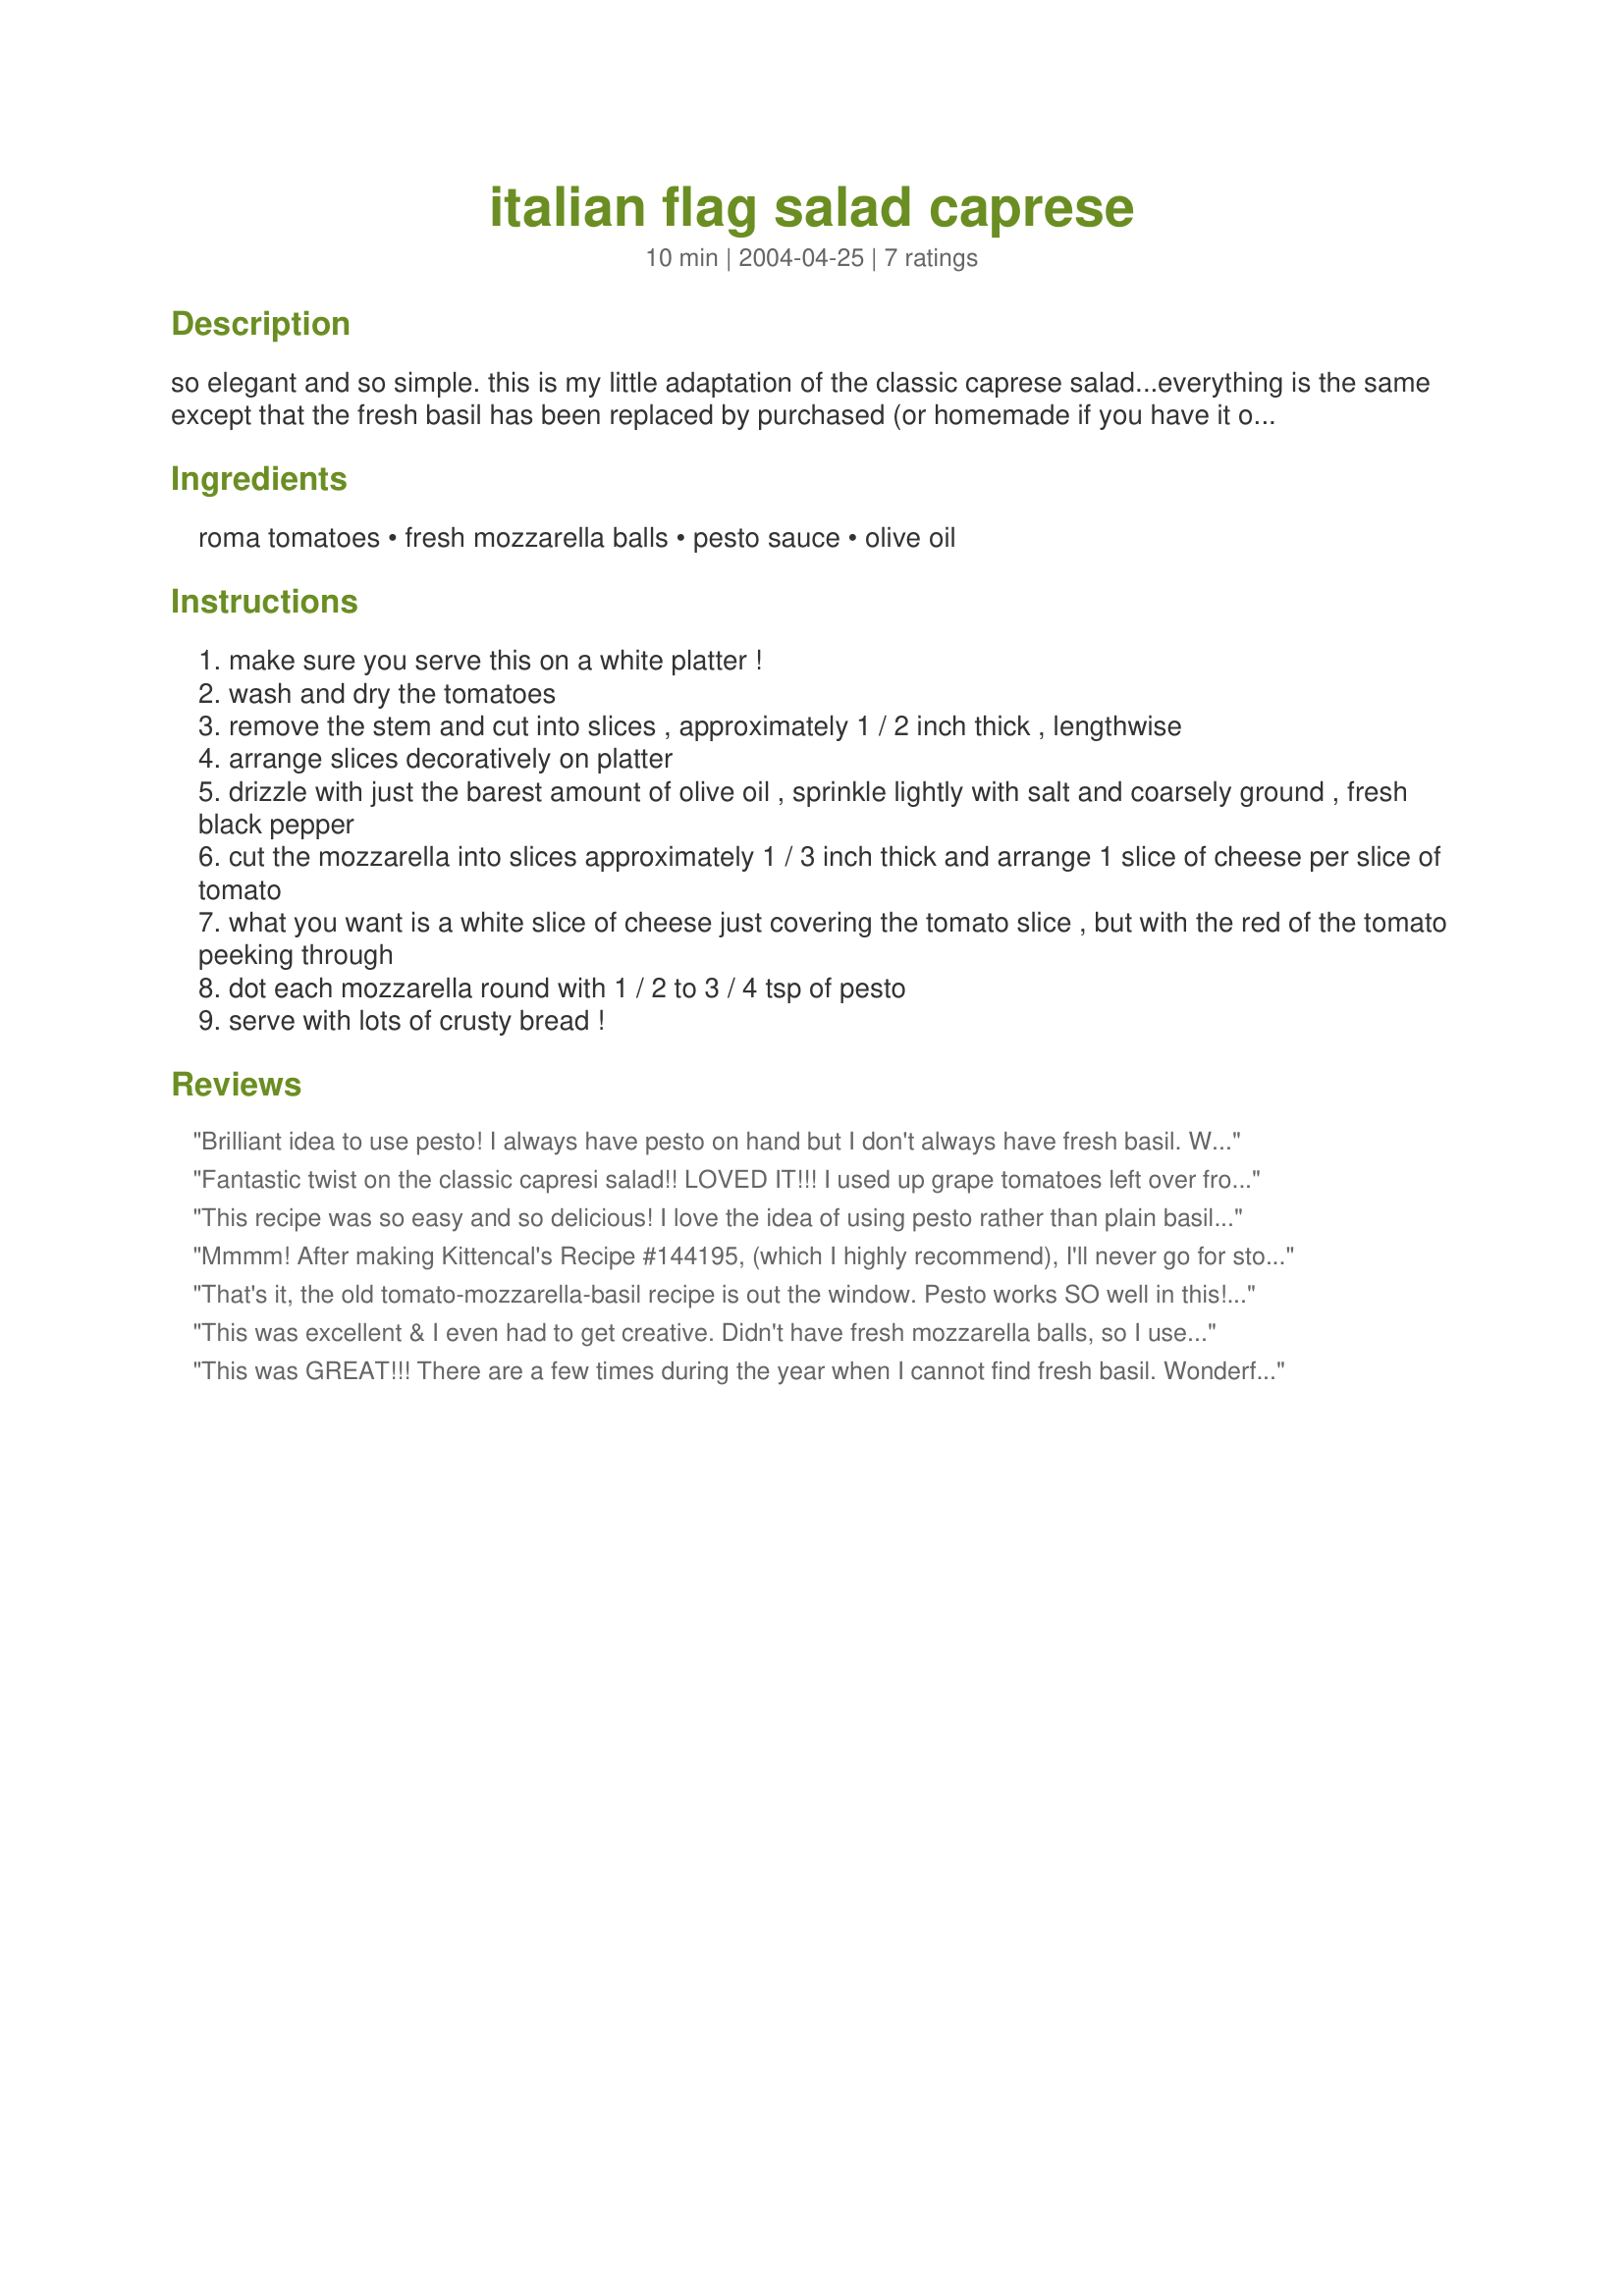
italian flag salad caprese
Preparation time: 10 minutes

so elegant and so simple. this is my little adaptation of the classic caprese salad...everything is the same except that the fresh basil has been replaced by purchased (or homemade if you have it on hand) pesto sauce. i like this version more because i think the salty/garlicky/nutty pesto does more for the other two ingredients.

Ingredients:
roma tomatoes, fresh mozzarella balls, pesto sauce, olive oil

Steps:
make sure you serve this on a white platter !
wash and dry the tomatoes
remove the stem and cut into slices , approximately 1 / 2 inch thick , lengthwise
arrange slices decoratively on platter
drizzle with just the barest amount of olive oil , sprinkle lightly with salt and coarsely ground , fresh black pepper
cut the mozzarella into slices approximately 1 / 3 inch thick and arrange 1 slice of cheese per slice of tomato
what you want is a white slice of cheese just covering the tomato slice , but with the red of the tomato peeking through
dot each mozzarella round with 1 / 2 to 3 / 4 tsp of pesto
serve with lots of crusty bread !

Reviews:
Brilliant idea to use pesto! I always have pesto on hand but I don't always have fresh basil. We eat this all the time in the summer months and everyone that's tried it prefers it this way. It's simple to make and very flavorful. Thank you for sharing this.
Fantastic twist on the classic capresi salad!! LOVED IT!!! I used up grape tomatoes left over from Easter for this. Was REALLY good!!!! Thanks! :)
This recipe was so easy and so delicious! I love the idea of using pesto rather than plain basil. Put it out during an outdoor party and it was gone in 5 minutes flat! Thanks Ev. As always, a great post!!
Mmmm! After making Kittencal's Recipe #144195, (which I highly recommend), I'll never go for store-bought again... unless my herd o' basil plants dies on me. ;) Anyway, this was absolutely delicious! I added just a touch of balsamic vinegar to mine and some fresh ground tri-colored pepper, then gobbled them up like I hadn't eaten in months. This morning, I'm eating them, as I type, for breakfast! So simple and packed full of flavor. Thank you for such a great dish, Evelyn!
That's it, the old tomato-mozzarella-basil recipe is out the window. Pesto works SO well in this! I mixed the pesto in to make sure everything was covered in it and omitted the extra olive oil - delicious, delicious!! Ev, you're a genius.
This was excellent & I even had to get creative. Didn't have fresh mozzarella balls, so I used a gratin mix of shredded mozzarella & gouda. I "nuked" the cheese just to soften & allow them to be well combined. I formed the mix into a log, refrigerated it & then sliced it for the tomatoes & topped w/my red pesto. Yum!
This was GREAT!!! There are a few times during the year when I cannot find fresh basil. Wonderful change and I think improvement to this salad. Easy and quick to make. Thank you!!
